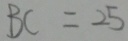
B C = 2 5